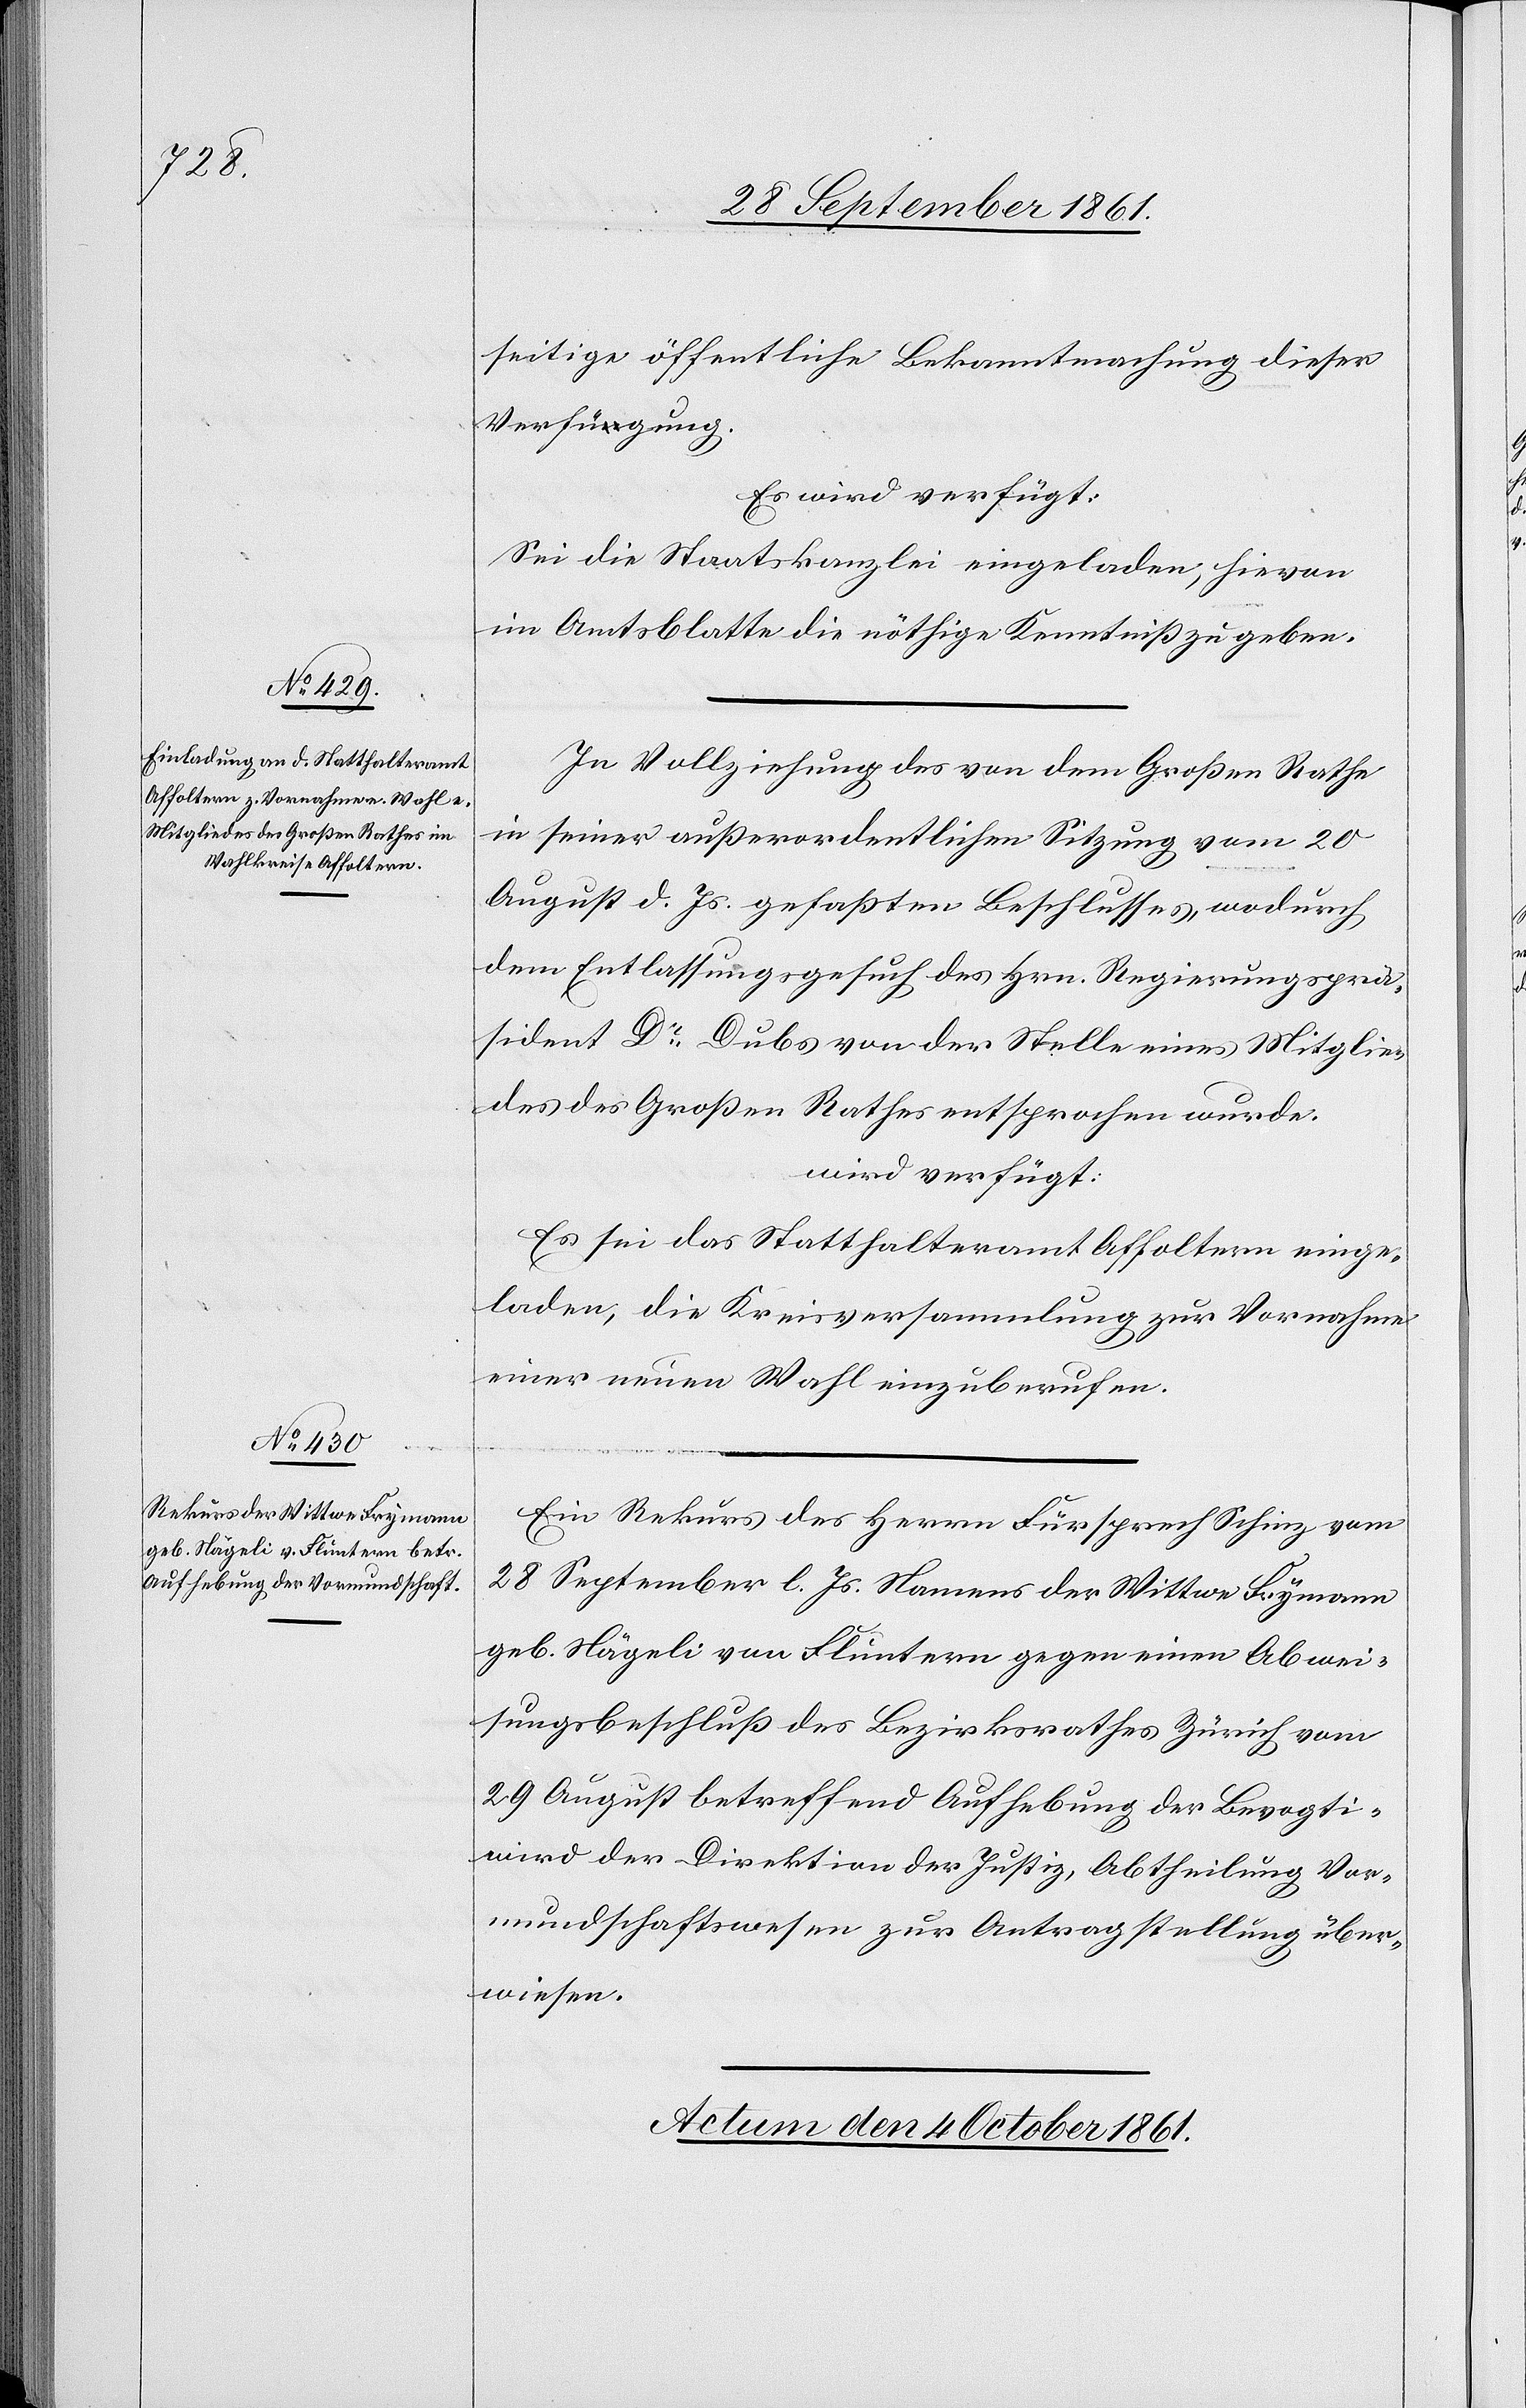
ung]

seitige öffentliche Bekanntmachung dieser
Verfügung.
Es wird verfügt:
Sei die Staatskanzlei eingeladen, hievon
im Amtsblatte die nöthige Kenntniß zu geben.
In Vollziehung des von dem Großen Rathe
in seiner außerordentlichen Sitzung vom 20
August d. Js. gefaßten Beschlusses, wodurch
dem Entlassungsgesuch des Hrn. Regierungsprä¬
sident Dr Dubs von der Stelle eines Mitglie¬
des des Großen Rathes entsprochen wurde.
wird verfügt:
Es sei das Statthalteramt Affoltern einge¬
laden, die Kreisversammlung zur Vornahme
einer neuen Wahl einzuberufen.
Ein Rekurs des Herrn Fürsprech Schinz vom
28 September l. Js. Namens der Wittwe Frymann
geb. Nägeli von Fluntern gegen einen Abwei¬
sungsbeschluß des Bezirksrathes Zürich vom
29 August betreffend Aufhebung der Bevogti[g¬
wird der Direktion der Justiz, Abtheilung Vor¬
mundschaftswesen zur Antragstellung über¬
wiesen.
Actum den 4 October 1861.